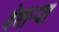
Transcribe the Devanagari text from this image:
येणाऱ्र्‍या